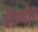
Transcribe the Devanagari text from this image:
बी०पी०